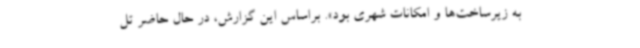
به زیرساخت‌ها و امکانات شهری بود». براساس این گزارش، در حال حاضر تل